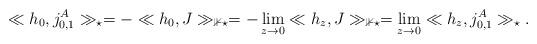
LaTeX: \begin{align*} \ll h_0,j_{0,1}^A\gg_\star = - \ll h_0, J \gg_{\mathbb{1} \star} = - \lim_{z \to 0} \ll h_z, J\gg_{\mathbb{1} \star} = \lim_{z \to 0} \ll h_z, j_{0,1}^A \gg_\star.\end{align*}